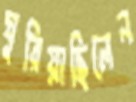
ঘুরিয়াছিলেন